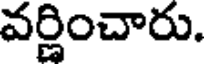
వర్ణించారు.